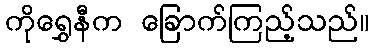
ကိုရွှေနီက ခြောက်ကြည့်သည်။